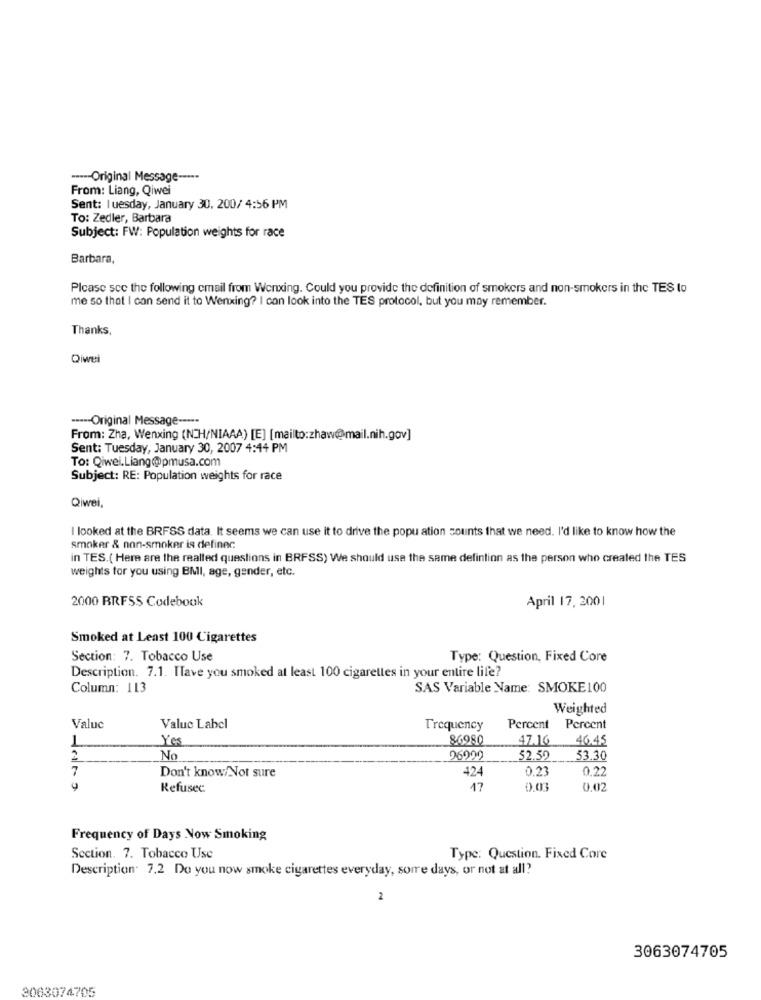
----- Original Message -----
From: Liang, Qiwei
Sent: I uesday, January 30, 200/ 4:56 PM
To: Zedler, Barbara
Subject: FW: Population weights for race
Barbara,
Please scc the following email from Wenxing. Could you provide the definition of smokers and non-smokers in the TES to
me so that I can send it to Wenxing? I can look into the TES protocol, but you may remember.
Thanks,
Oiwei
----- Original Message -----
From: Zha, Wenxing (NTH/NIAAA) [E] [mailto:zhaw@mail.nih.gov]
Sent: Tuesday, January 30, 2007 4:44 PM
To: Qiwei.Liang@pmusa.com
Subject: RE: Population weights for race
Qiwei,
I looked at the BRFSS data. It seems we can use it to drive the popu ation counts that we need. I'd like to know how the
smoker & non-smoker is definer.
in TES.( Here are the realted questions in BRFSS) We should use the same defintion as the person who created the TES
weights for you using BMI, age, gender, etc.
April 17, 2001
2000 BRFSS Codebook
Smoked at Least 100 Cigarettes
Section: 7. Tobacco Use
Type: Question, Fixed Core
Description. 7.1. Have you smoked at least 100 cigarettes in your entire life?
Column: 113
SAS Variable Name: SMOKE100
Weighted
Valuc
Valuc Label
Trequency
Percent Percent
Yes
86980
47.16
46.45
2
No
96000
52.50
53.30
7
424
0.23
0.22
Don't know/Not sure
Refusec
17
0.03
0,02
Frequency of Days Now Smoking
Section. 7. Tobacco Use
Type: Question. Fixed Core
Description- 7.2 Do you now smoke cigarettes everyday, some days, or not at all?
2
3063074705
3063074705